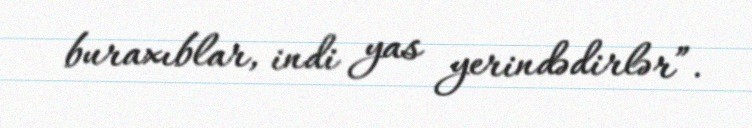
buraxıblar, indi yas yerindədirlər”.